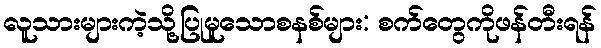
လူသားများကဲ့သို့ပြုမူသောစနစ်များ: စက်တွေကိုဖန်တီးရန်